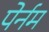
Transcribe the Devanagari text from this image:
पेर्नम